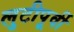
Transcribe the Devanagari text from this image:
लुटीपूर्वी